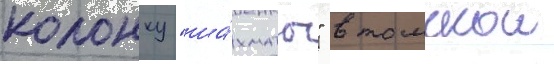
колонку "ша́хматы" в томскои